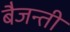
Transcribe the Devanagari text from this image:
बैजन्ती